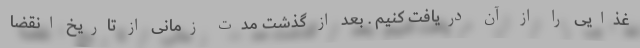
غذایی را از آن دریافت کنیم . بعد از گذشت مدت زمانی از تاریخ انقضا